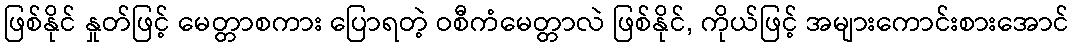
ဖြစ်နိုင် နှုတ်ဖြင့် မေတ္တာစကား ပြောရတဲ့ ဝစီကံမေတ္တာလဲ ဖြစ်နိုင်, ကိုယ်ဖြင့် အများကောင်းစားအောင်